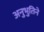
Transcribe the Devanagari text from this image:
अनुभुतिने